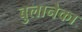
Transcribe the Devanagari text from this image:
बुलानेका